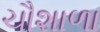
ચૌશાળા